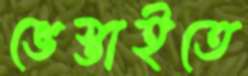
ভেস্তাইতে